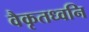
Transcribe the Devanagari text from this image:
वैकृतध्वनि